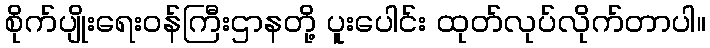
စိုက်ပျိုးရေးဝန်ကြီးဌာနတို့ ပူးပေါင်း ထုတ်လုပ်လိုက်တာပါ။